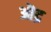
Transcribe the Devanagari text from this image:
ऒद्र